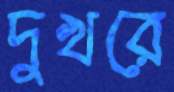
দুখরে